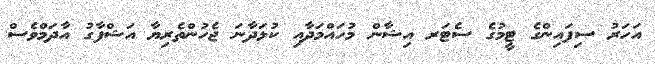
އަހަރު ސިފައިންގެ ޓީމުގެ ސެޓަރ އިޝާން މުހައްމަދާއި ކުޅަދާނަ ޖެހުންތެރިޔާ އަޝްފާގު އާދަމްވެސް